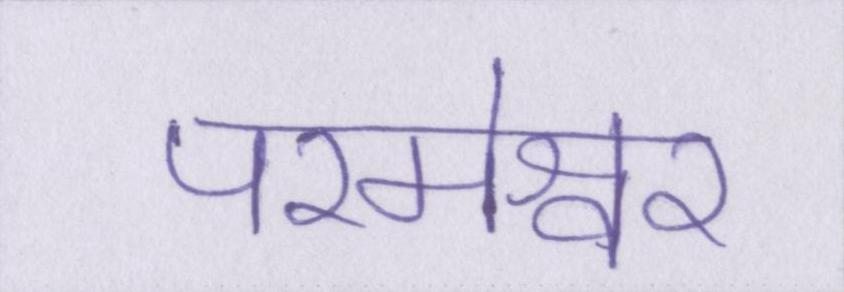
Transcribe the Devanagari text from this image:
परमेश्वर